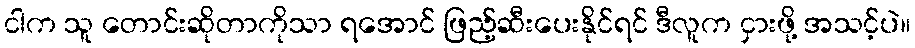
ငါက သူ တောင်းဆိုတာကိုသာ ရအောင် ဖြည့်ဆီးပေးနိုင်ရင် ဒီလူက ငှားဖို့ အသင့်ပဲ။